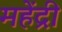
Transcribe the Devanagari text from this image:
महेंद्री